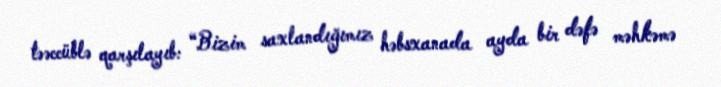
təəccüblə qarşılayıb: “Bizim saxlandığımız həbsxanada ayda bir dəfə məhkəmə